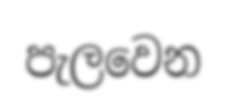
පැලවෙන